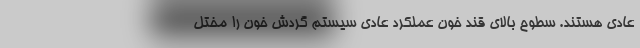
عادی هستند. سطوح بالای قند خون عملکرد عادی سیستم گردش خون را مختل